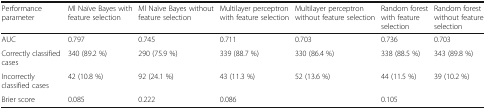
<table><thead><tr><td><b>Performance parameter</b></td><td><b>Ml Naïve Bayes with feature selection</b></td><td><b>Ml Naïve Bayes without feature selection</b></td><td><b>Multilayer perceptron with feature selection</b></td><td><b>Multilayer perceptron without feature selection</b></td><td><b>Random forest with feature selection</b></td><td><b>Random forest without feature selection</b></td></tr></thead><tbody><tr><td>AUC</td><td>0.797</td><td>0.745</td><td>0.711</td><td>0.703</td><td>0.736</td><td>0.703</td></tr><tr><td>Correctly classified cases</td><td>340 (89.2 %)</td><td>290 (75.9 %)</td><td>339 (88.7 %)</td><td>330 (86.4 %)</td><td>338 (88.5 %)</td><td>343 (89.8 %)</td></tr><tr><td>Incorrectly classified cases</td><td>42 (10.8 %)</td><td>92 (24.1 %)</td><td>43 (11.3 %)</td><td>52 (13.6 %)</td><td>44 (11.5 %)</td><td>39 (10.2 %)</td></tr><tr><td>Brier score</td><td>0.085</td><td>0.222</td><td>0.086</td><td></td><td>0.105</td><td></td></tr></tbody></table>